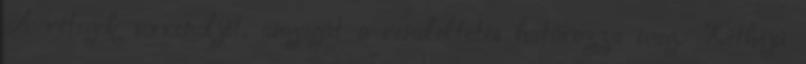
A rétegek sorrendjét, anyagát a rendeltetés határozza meg. Kéthéjú